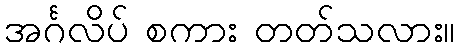
အင်္ဂလိပ် စကား တတ်သလား။